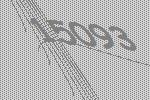
15093